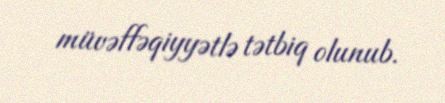
müvəffəqiyyətlə tətbiq olunub.